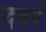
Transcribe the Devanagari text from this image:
प्दकपं